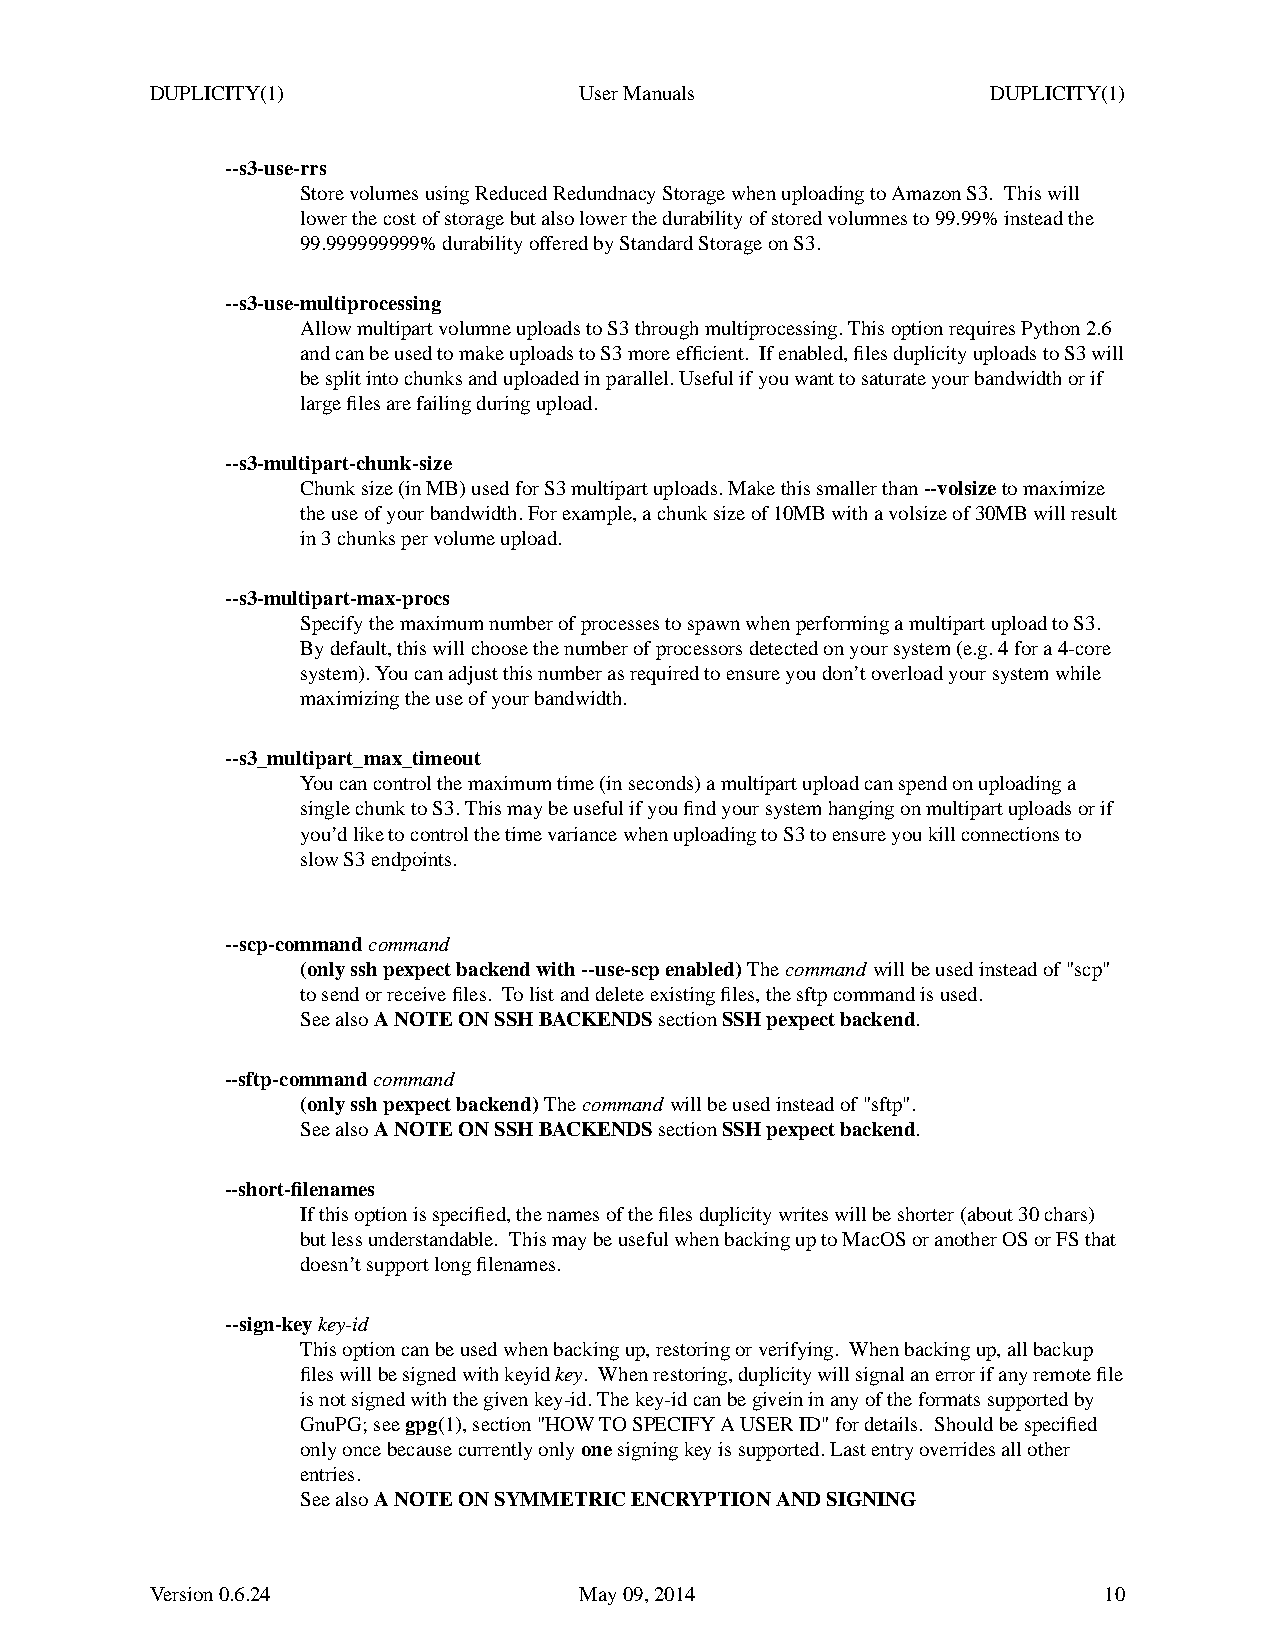
DUPLICITY(1)                UserManuals                 DUPLICITY(1)
 --s3-use-rrs
 Store volumes using Reduced RedundnacyStorage when uploading to Amazon S3. This will
 lower the cost of storage but also lower the durability of stored volumnes to 99.99% instead the
 99.999999999% durability offered by Standard Storage on S3.
 --s3-use-multiprocessing
 Allowmultipart volumne uploads to S3 through multiprocessing. This option requires Python 2.6
 and can be used to makeuploads to S3 more efficient. Ifenabled, files duplicity uploads to S3 will
 be split into chunks and uploaded in parallel. Useful if you want to saturate your bandwidth or if
 large files are failing during upload.
 --s3-multipart-chunk-size
 Chunk size (in MB) used for S3 multipart uploads. Makethis smaller than--volsizeto maximize
 the use of your bandwidth. For example, a chunk size of 10MB with a volsize of 30MB will result
 in 3 chunks per volume upload.
 --s3-multipart-max-procs
 Specify the maximum number of processes to spawn when performing a multipart upload to S3.
 By default, this will choose the number of processors detected on your system (e.g. 4 for a 4-core
 system). You can adjust this number as required to ensure you don’toverload your system while
 maximizing the use of your bandwidth.
 --s3_multipart_max_timeout
 Youcan control the maximum time (in seconds) a multipart upload can spend on uploading a
 single chunk to S3. This may be useful if you find your system hanging on multipart uploads or if
 you’dliketocontrol the time variance when uploading to S3 to ensure you kill connections to
 slowS3endpoints.
 --scp-commandcommand
 (only ssh pexpect backend with --use-scp enabled)Thecommand will be used instead of "scp"
 to send or receive files. Tolist and delete existing files, the sftp command is used.
 See alsoANOTEONSSH BACKENDSsectionSSH pexpect backend.
 --sftp-commandcommand
 (only ssh pexpect backend)Thecommand will be used instead of "sftp".
 See alsoANOTEONSSH BACKENDSsectionSSH pexpect backend.
 --short-filenames
 If this option is specified, the names of the files duplicity writes will be shorter (about 30 chars)
 butless understandable. This may be useful when backing up to MacOS or another OS or FS that
 doesn’tsupport long filenames.
 --sign-keykey-id
 This option can be used when backing up, restoring or verifying. Whenbacking up, all backup
 files will be signed with keyidkey. When restoring, duplicity will signal an error if anyremote file
 is not signed with the givenkey-id. The key-id can be givein in anyofthe formats supported by
 GnuPG; seegpg(1), section "HOWTOSPECIFY A USER ID" for details. Should be specified
 only once because currently onlyonesigning key issupported. Last entry overrides all other
 entries.
 See alsoANOTEONSYMMETRIC ENCRYPTION AND SIGNING
 Version 0.6.24              May 09, 2014                       10